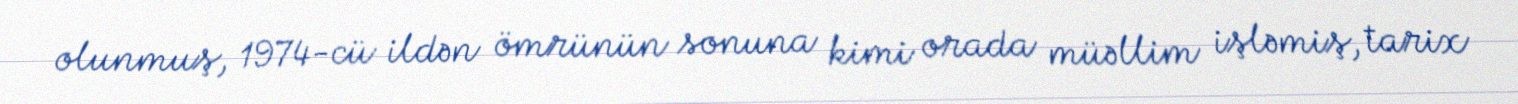
olunmuş, 1974-cü ildən ömrünün sonuna kimi orada müəllim işləmiş, tarix